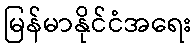
မြန်မာနိုင်ငံအရေး